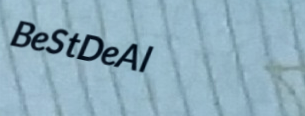
BeStDeAl